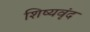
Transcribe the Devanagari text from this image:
शिष्यवृंद